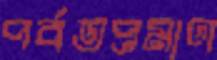
পর্বতপ্রমাণ